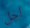
أجل